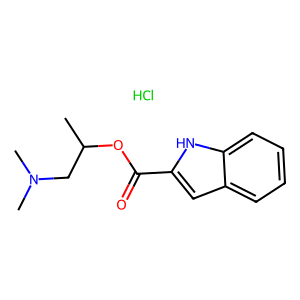
SMILES: CC(CN(C)C)OC(=O)c1cc2ccccc2[nH]1.Cl
Inhibits HIV replication: No